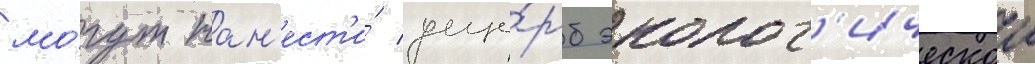
мо́гут нан'ест'и́ уще́рб эколог'ическои